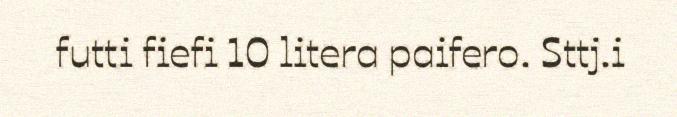
futti fiefi 10 litera paifero. Sttj.i